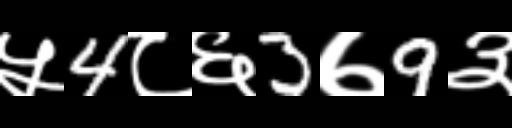
Text: ५4८६3७9३